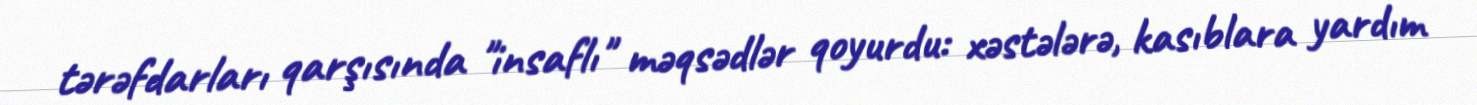
tərəfdarları qarşısında "insaflı" məqsədlər qoyurdu: xəstələrə, kasıblara yardım